Leaving Certificate Examination (including Day School Certificate (Higher) General paper), 1935
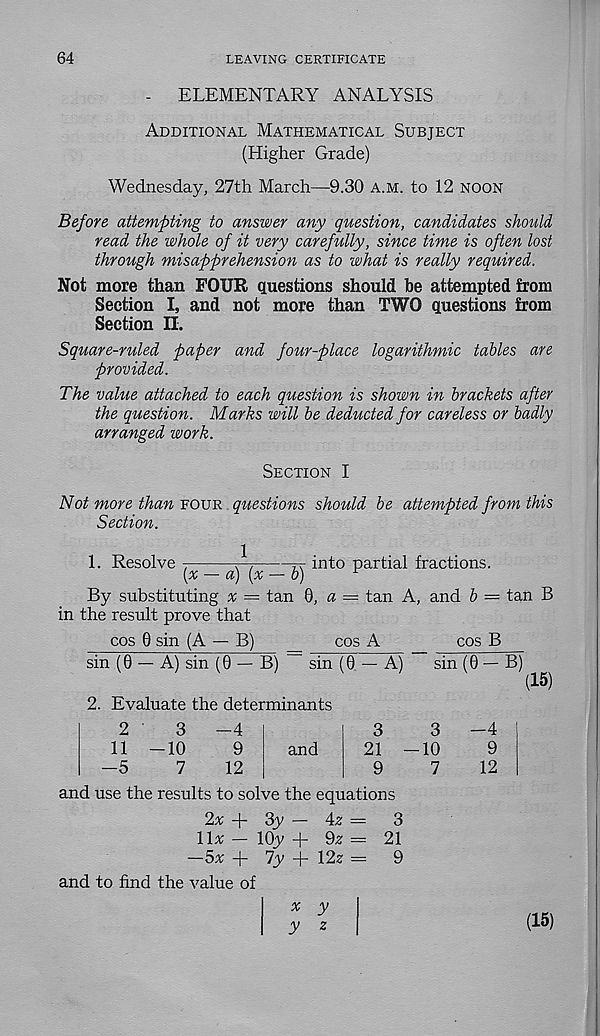
64
LEAVING CERTIFICATE
-
ELEMENTARY ANALYSIS
Additional Mathematical Subject
(Higher Grade)
Wednesday, 27th March—9.30 a.m. to 12 noon
Before attempting to answer any question, candidates should
read the whole of it very carefully, since time is often lost
through misapprehension as to what is really required.
Not more than FOUR questions should be attempted from
Section I, and not more than TWO questions from
Section II.
Square-ruled paper and four-place logarithmic tables are
provided.
The value attached to each question is shown in brackets after
the question. Marks will be deducted for careless or badly
arranged work.
Section I
Not more than four questions should be attempted from this
Section.
1. Resolve
ffff;
}f
P ar ti a l fractions.
By substituting a = tan 8, « = tan A, and b — tan B
in the result prove that
cos 0 sin (A — B)
_
cos A
cos B
sin (0 — A) sin (0 — B) — sin (0 — A)
sin (0 — B)
(15)
2. Evaluate the determinants
2
3-4
3
11 -10
9
and
21
-5
7
12
9
and use the results to solve the equations
o
—10
7
-4
9
12
2v + 3y — 4z =
3
11a — lOy + 9z = 21
—5a + 7y + 12z =
9
and to find the value of
a y
y z
(15)